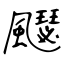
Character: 飋